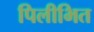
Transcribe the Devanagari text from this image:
पिलीभित